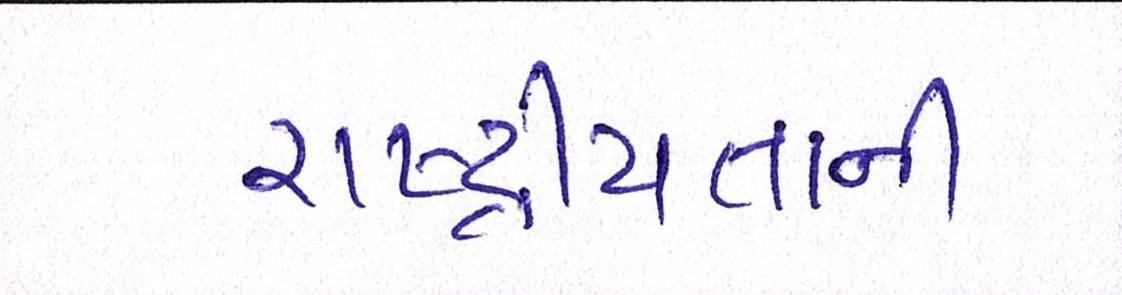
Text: રાષ્ટ્રીયતાની